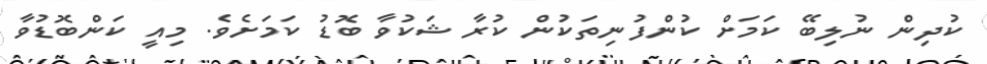
ކުދިން ނުލިބޭ ކަމަށް ކުންފުނިތަކުން ކުރާ ޝަކުވާ ބޮޑު ކަމަށެވެ. މިއީ ކަންބޮޑުވާ